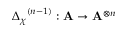
{ { \Delta } _ { \chi } } ^ { ( n - 1 ) } : \mathbf { A } \rightarrow { \mathbf { A } } ^ { \otimes n }